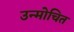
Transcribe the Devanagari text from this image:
उन्मोचित